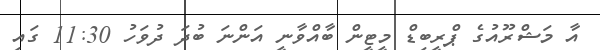
އާ މަޝްރޫއުގެ ޕްރީބިޑް މީޓީން ބާއްވާނީ އަންނަ ބުދަ ދުވަހު 11:30 ގައި